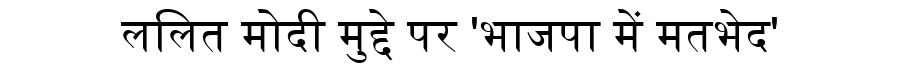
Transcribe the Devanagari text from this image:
ललित मोदी मुद्दे पर 'भाजपा में मतभेद'